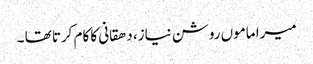
میرا ماموں روشن نیاز، دھقانی کا کام کرتا تھا ۔